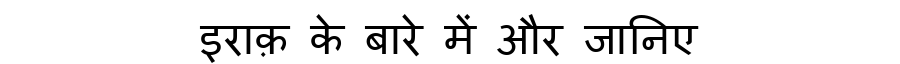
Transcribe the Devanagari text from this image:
इराक़ के बारे में और जानिए